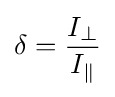
\delta ={\frac {I_{\perp }}{I_{\parallel }}}